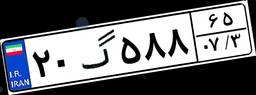
۵۱گ۶۷۸۲۰